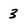
Character: 3